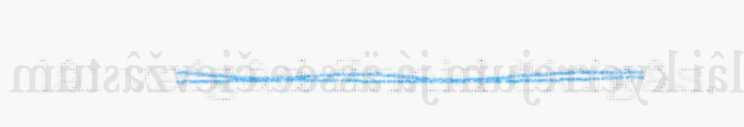
lâi vaigâd finniđ čielgâs,